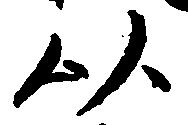
以